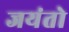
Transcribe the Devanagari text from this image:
जयंतो